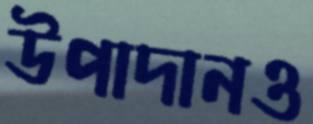
উপাদানও